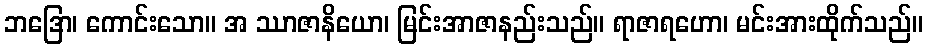
ဘဒြော၊ ကောင်းသော။ အ ဿာဇာနိယော၊ မြင်းအာဇာနည်းသည်။ ရာဇာရဟော၊ မင်းအားထိုက်သည်။